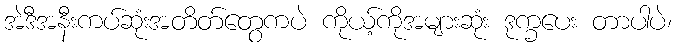
အဲဒီအနီးကပ်ဆုံးအတိတ်တွေကပဲ ကိုယ့်ကိုအများဆုံး ဒုက္ခပေး တာပါပဲ၊